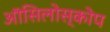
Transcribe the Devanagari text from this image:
ऑसिलोस्कोप